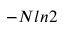
- N l n 2